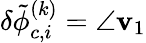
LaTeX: \delta\tilde{\phi}_{c,i}^{(k)}=\angle\mathbf{v}_{1}